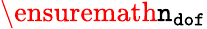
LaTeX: \ensuremath{\texttt{n}_{\texttt{dof}}}